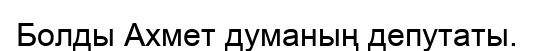
Болды Ахмет думаның депутаты.